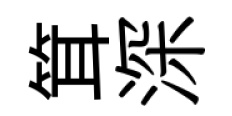
䇯深